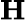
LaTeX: \mathbf{H}